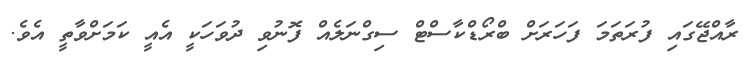
ރާއްޖޭގައި ފުރަތަމަ ފަހަރަށް ބްރޯޑްކާސްޓް ސިގްނަލެއް ފޮނުވި ދުވަހަކީ އެއީ ކަމަށްވާތީ އެވެ.